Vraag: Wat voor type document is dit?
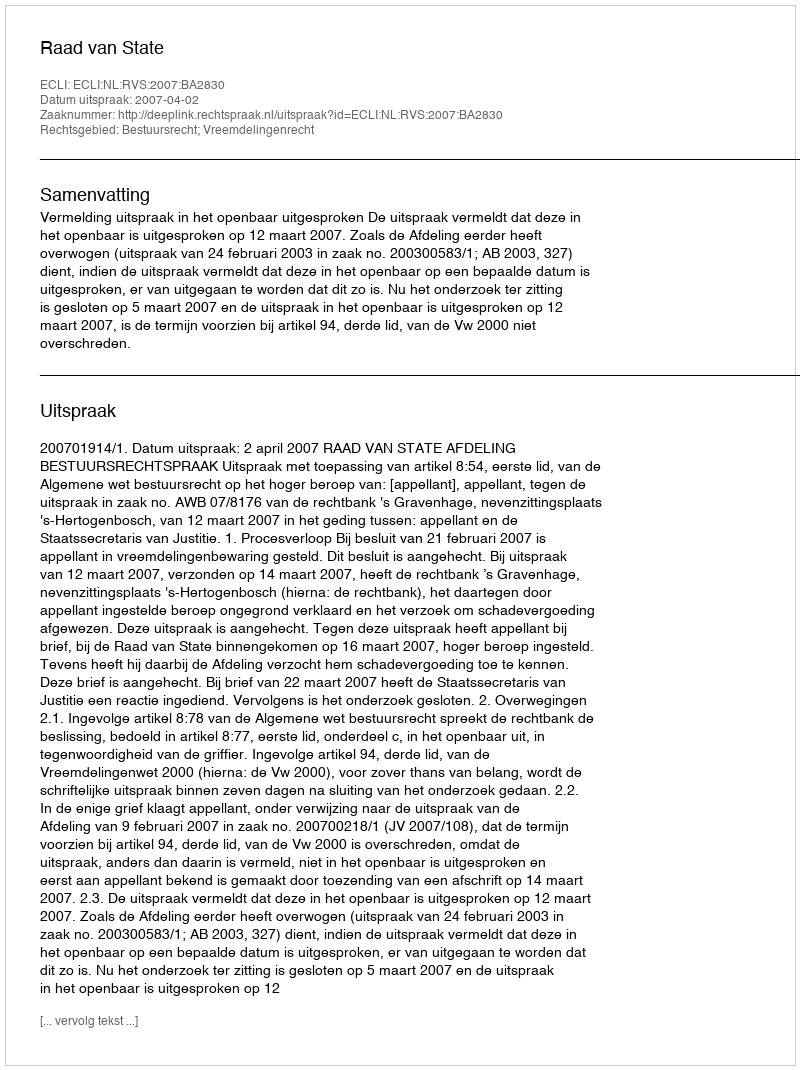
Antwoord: Uitspraak